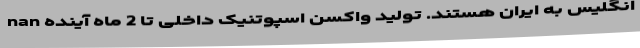
انگلیس به ایران هستند. تولید واکسن اسپوتنیک داخلی تا 2 ماه آینده nan